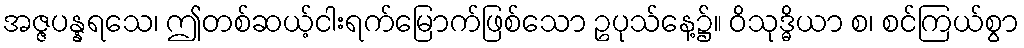
အဇ္ဇပန္နရသေ၊ ဤတစ်ဆယ့်ငါးရက်မြောက်ဖြစ်သော ဥပုသ်နေ့၌။ ဝိသုဒ္ဓိယာ စ၊ စင်ကြယ်စွာ